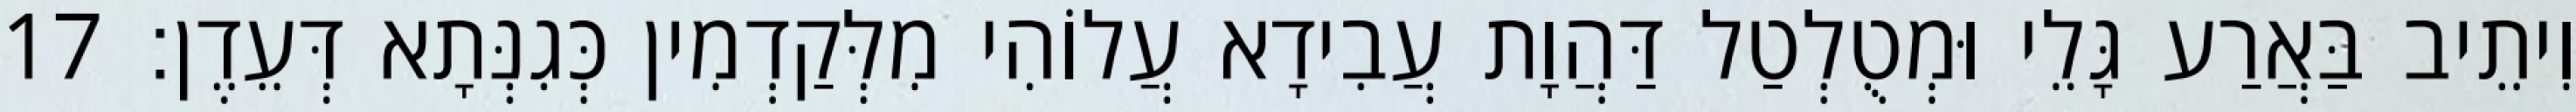
וִיתֵיב בַּאֲרַע גָּלֵי וּמְטֻלְטַל דַּהֲוָת עֲבִידָא עֲלוֹהִי מִלְּקַדְמִין כְּגִנְּתָא דְּעֵדֶן׃ 17